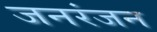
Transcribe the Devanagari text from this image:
जनरंजन